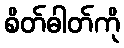
စိတ်ဓါတ်ကို